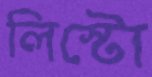
লিস্টো